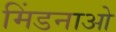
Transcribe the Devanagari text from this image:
मिंडनाओ